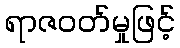
ရာဇဝတ်မှုဖြင့်